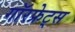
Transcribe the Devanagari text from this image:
गॉरफ्रेट्स